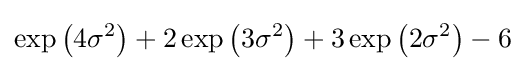
\exp \left(4\sigma ^{2}\right)+2\exp \left(3\sigma ^{2}\right)+3\exp \left(2\sigma ^{2}\right)-6